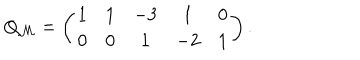
Q _ { \cal M } = \left( \begin{array} { c c c c c } { { 1 } } & { { 1 } } & { { - 3 } } & { { 1 } } & { { 0 } } \\ { { 0 } } & { { 0 } } & { { 1 } } & { { - 2 } } & { { 1 } } \\ \end{array} \right) .